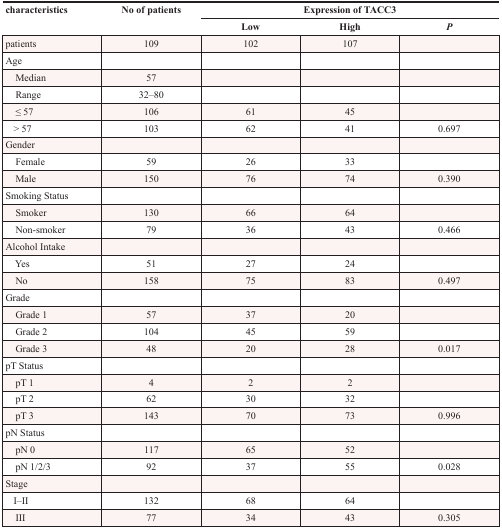
| <ROWSPAN=2> characteristics | <ROWSPAN=2> No of patients | <COLSPAN=3> Expression of TACC3 |
 | Low | High | P |
 | --- | --- | --- | --- | --- |
 | patients | 109 | 102 | 107 |  |
 | Age |  |  |  |  |
 | Median | 57 |  |  |  |
 | Range | 32–80 |  |  |  |
 | ≤ 57 | 106 | 61 | 45 |  |
 | > 57 | 103 | 62 | 41 | 0.697 |
 | Gender |  |  |  |  |
 | Female | 59 | 26 | 33 |  |
 | Male | 150 | 76 | 74 | 0.390 |
 | Smoking Status |  |  |  |  |
 | Smoker | 130 | 66 | 64 |  |
 | Non-smoker | 79 | 36 | 43 | 0.466 |
 | Alcohol Intake |  |  |  |  |
 | Yes | 51 | 27 | 24 |  |
 | No | 158 | 75 | 83 | 0.497 |
 | Grade |  |  |  |  |
 | Grade 1 | 57 | 37 | 20 |  |
 | Grade 2 | 104 | 45 | 59 |  |
 | Grade 3 | 48 | 20 | 28 | 0.017 |
 | pT Status |  |  |  |  |
 | pT 1 | 4 | 2 | 2 |  |
 | pT 2 | 62 | 30 | 32 |  |
 | pT 3 | 143 | 70 | 73 | 0.996 |
 | pN Status |  |  |  |  |
 | pN 0 | 117 | 65 | 52 |  |
 | pN 1/2/3 | 92 | 37 | 55 | 0.028 |
 | Stage |  |  |  |  |
 | I–II | 132 | 68 | 64 |  |
 | III | 77 | 34 | 43 | 0.305 |